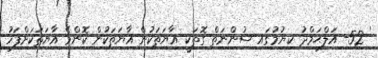
' 52- އަލްޙަމްދު ކިޔުމުގައި ސުންނަތް ގޮތަކީ އާޔަތަކުން އާޔަތަކުން ކޮންމެ އާޔަތަކަށްފަހު